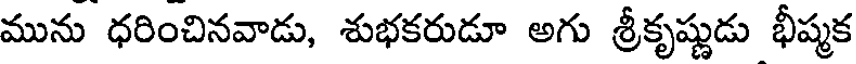
మును ధరించినవాడు, శుభకరుడూ అగు శ్రీకృష్ణుడు భీష్మక